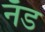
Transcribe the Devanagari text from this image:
नॅड